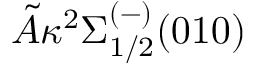
\tilde { A } \kappa { } ^ { 2 } \Sigma _ { 1 / 2 } ^ { ( - ) } ( 0 1 0 )